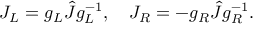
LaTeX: J _ { L } = g _ { L } \hat { J } g _ { L } ^ { - 1 } , \quad J _ { R } = - g _ { R } \hat { J } g _ { R } ^ { - 1 } .